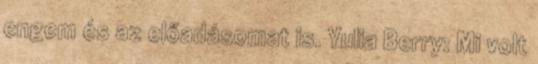
engem és az előadásomat is. Yulia Berry: Mi volt